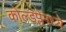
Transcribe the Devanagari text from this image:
कोल्डप्लेमध्ये